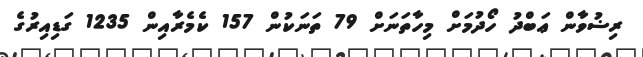
ރިޟުވާން ޢަބްދު ހޯދުމަށް މިހާތަނަށް 79 ތަނަކުން 157 ކެމެރާއިން 1235 ގަޑިއިރުގެ